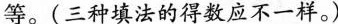
等。(三种填法的得数应不一样。)